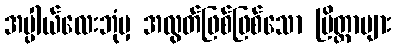
အပ္ပါယ်လေးဘုံမှ အလွတ်ဖြစ်ဖြစ်သော ပြိတ္တာများ